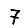
Digit: 7